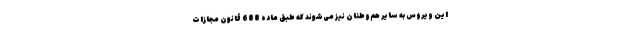
این ویروس به سایر هم‌وطنان نیز می‌شوند که طبق مادهٔ 688 قانون مجازات